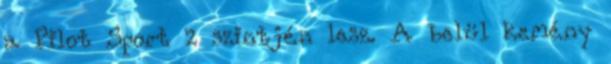
a Pilot Sport 2 szintjén lesz. A belül kemény